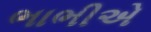
ભાભીએ